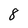
Character: 8